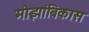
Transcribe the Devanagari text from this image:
मोझांबिकास